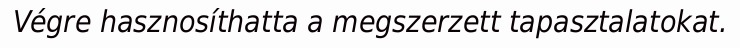
Végre hasznosíthatta a megszerzett tapasztalatokat.